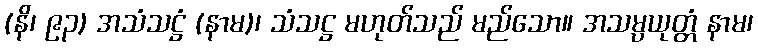
(နိ၊ ၉၃) အသံသဋ္ဌံ (နာမ)၊ သံသဋ္ဌ မဟုတ်သည် မည်သော။ အသမ္ပယုတ္တံ နာမ၊